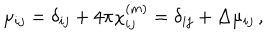
\mu _ { i j } = \delta _ { i j } + 4 \pi \chi _ { i j } ^ { ( m ) } = \delta _ { i j } + \Delta \mu _ { i j } \, ,